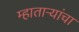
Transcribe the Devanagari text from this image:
म्हाताऱ्यांचा